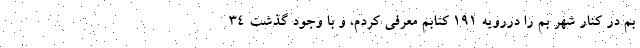
بم در کنار شهر بم را دررویه ۱۹۱ کتابم معرفی کردم، و با وجود گذشت ۳۴